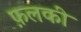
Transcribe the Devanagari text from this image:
फ़लकी